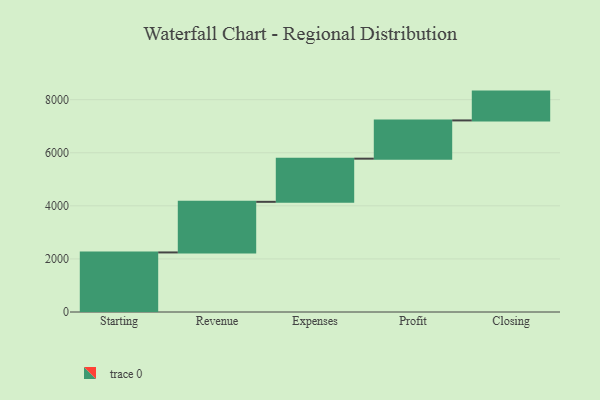
{"axis": {"x": "Step", "y": "Value"}, "legend": [""], "data": [{"x": "Starting", "y": 2244.0, "type": ""}, {"x": "Revenue", "y": 1907.0, "type": ""}, {"x": "Expenses", "y": 1626.0, "type": ""}, {"x": "Profit", "y": 1441.0, "type": ""}, {"x": "Closing", "y": 1086.0, "type": ""}]}